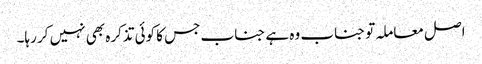
اصل معاملہ تو جناب وہ ہے جناب جس کا کوئی تذکرہ بھی نہیں کر رہا۔